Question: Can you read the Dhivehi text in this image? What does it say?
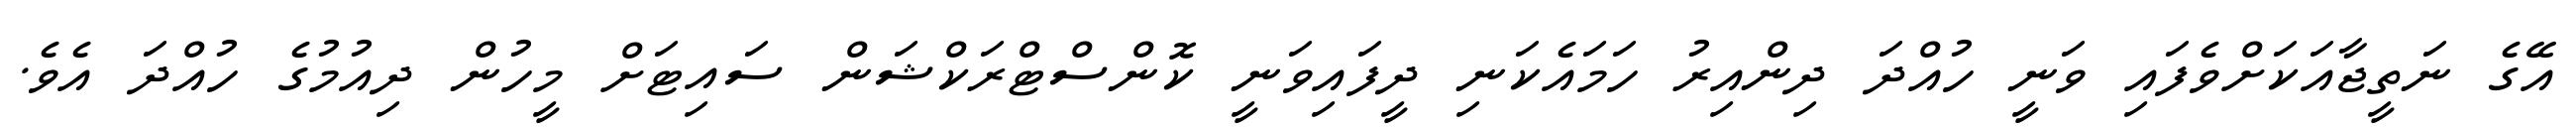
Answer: އޭގެ ނަތީޖާއަކަށްވެފައި ވަނީ ހުއްދަ ދިންއިރު ހަމައެކަނި ދީފައިވަނީ ކޮންސްޓްރަކްޝަން ސައިޓަށް މީހުން ދިއުމުގެ ހުއްދަ އެވެ.